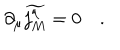
LaTeX: \partial _ { \mu } \widetilde { j _ { M } ^ { \mu } } = 0 \quad .